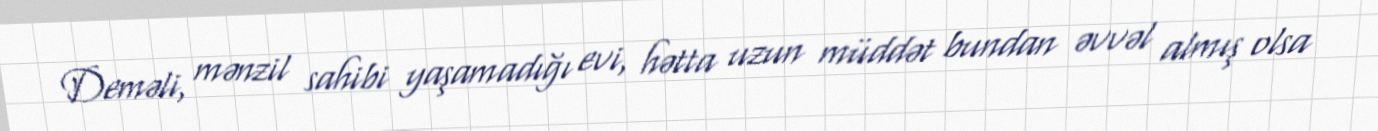
Deməli, mənzil sahibi yaşamadığı evi, hətta uzun müddət bundan əvvəl almış olsa